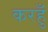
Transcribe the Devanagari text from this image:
करहुँ